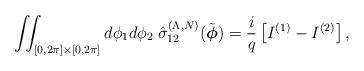
LaTeX: \begin{align*}\iint_{[0,2\pi]\times[0,2\pi]}d\phi_1d\phi_2\; {\hat\sigma}_{12}^{(\Lambda,N)}(\tilde{\boldsymbol{\phi}})=\frac{i}{q}\left[I^{(1)}-I^{(2)}\right],\end{align*}